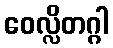
ဝေလ္လိတဂ္ဂါ